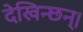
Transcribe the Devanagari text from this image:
देखिन्छन्।